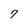
Character: 7